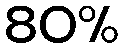
80%